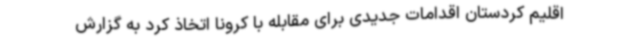
اقلیم کردستان اقدامات جدیدی برای مقابله با کرونا اتخاذ کرد به گزارش